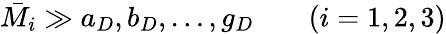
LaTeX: \bar{M}_{i}\gg a_{D},b_{D},\ldots,g_{D}\; \; \; \; \; \; \; (i=1,2,3)